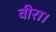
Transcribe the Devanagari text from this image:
वीरा।